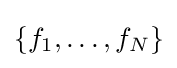
\{f_{1},\ldots ,f_{N}\}